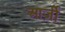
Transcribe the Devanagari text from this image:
आर्ज़ी